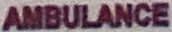
AMBULANCE